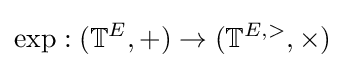
\exp :(\mathbb {T} ^{E},+)\to (\mathbb {T} ^{E,>},\times )